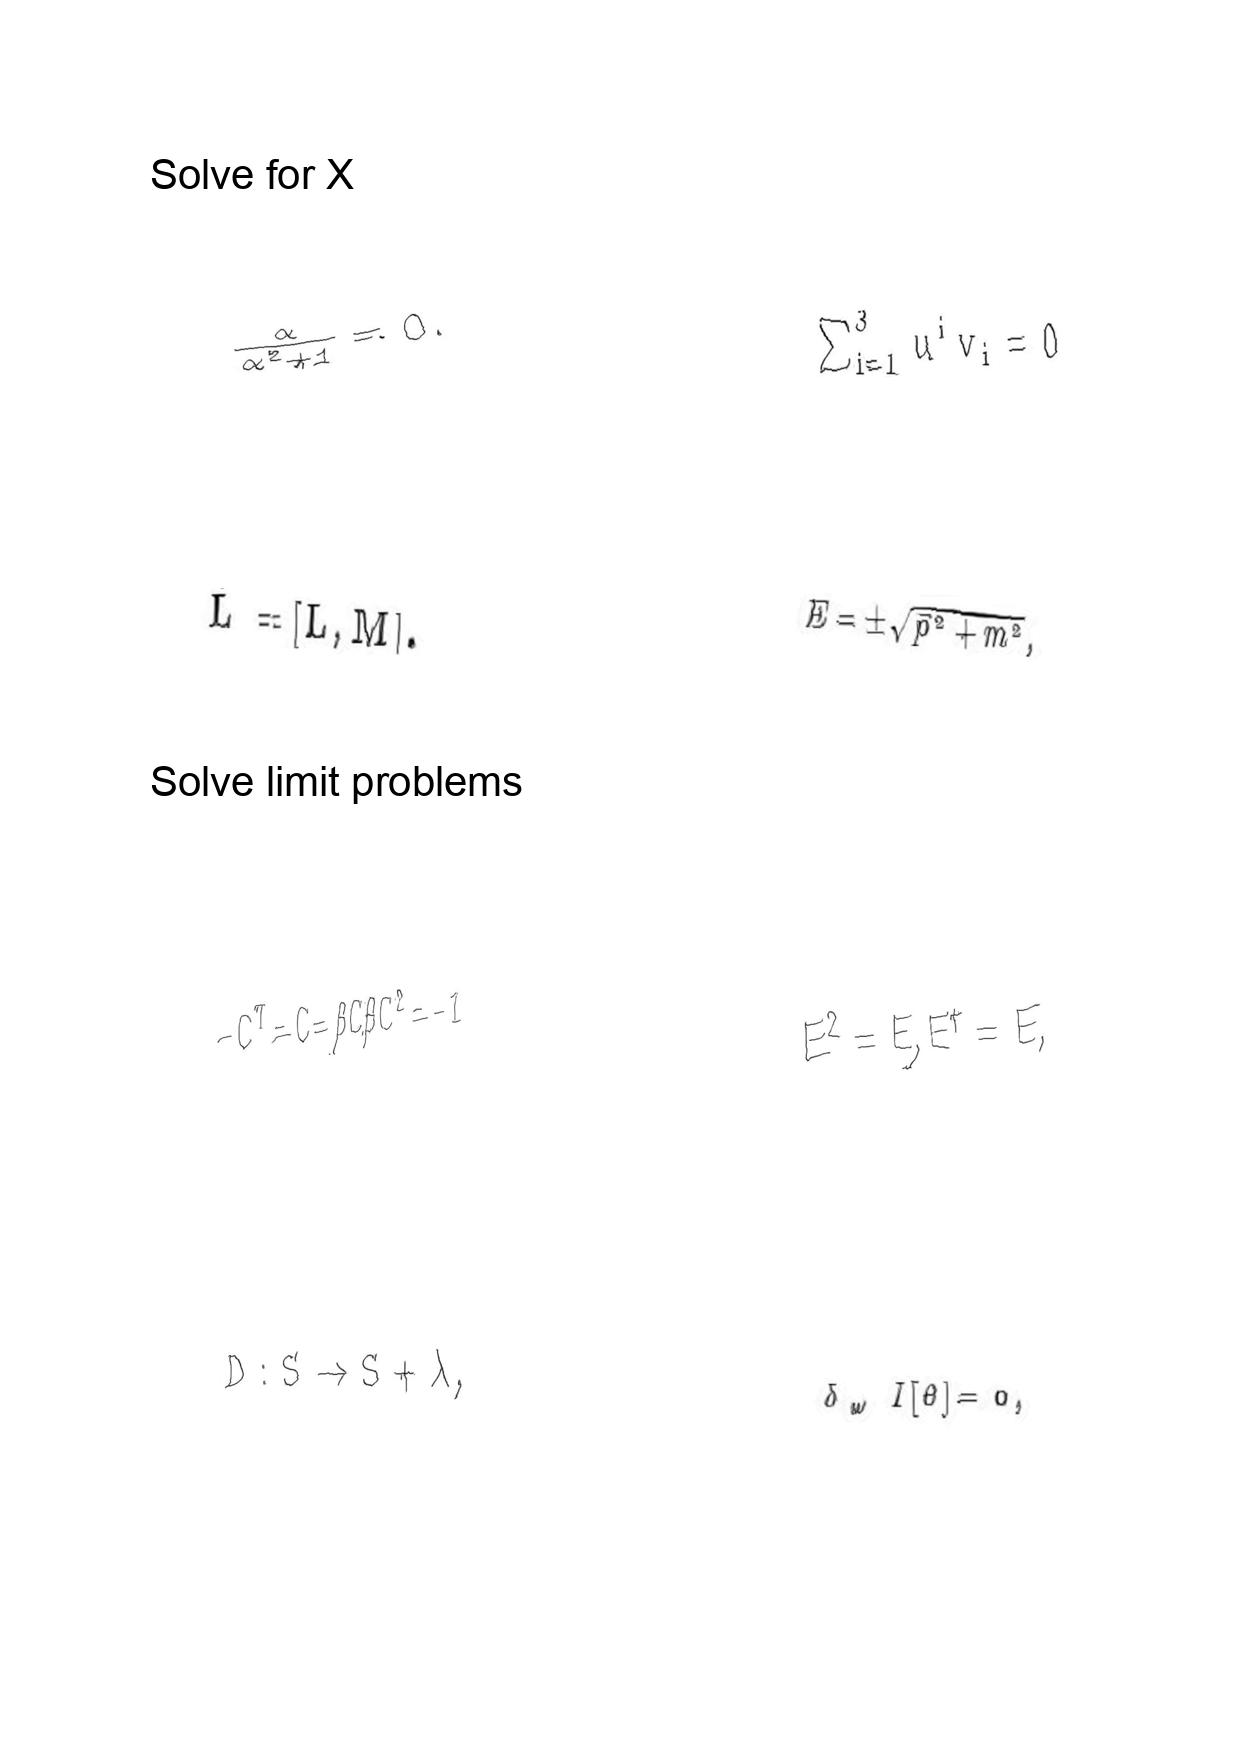
LaTeX transcription:
\frac { \alpha } { \alpha ^ { 2 } + 1 } = 0 .
\dot { L } = \lbrack L , M \rbrack .
- C ^ { T } = C = \beta C \beta C ^ { 2 } = - 1
D : S \rightarrow S + \lambda ,
\sum _ { i = 1 } ^ { 3 } u ^ { i } v _ { i } = 0
E = \pm \sqrt { \vec { p } ^ { 2 } + m ^ { 2 } } ,
E ^ { 2 } = E , E ^ { \dagger } = E ,
\delta _ { \omega } I \lbrack \theta \rbrack = 0 ,